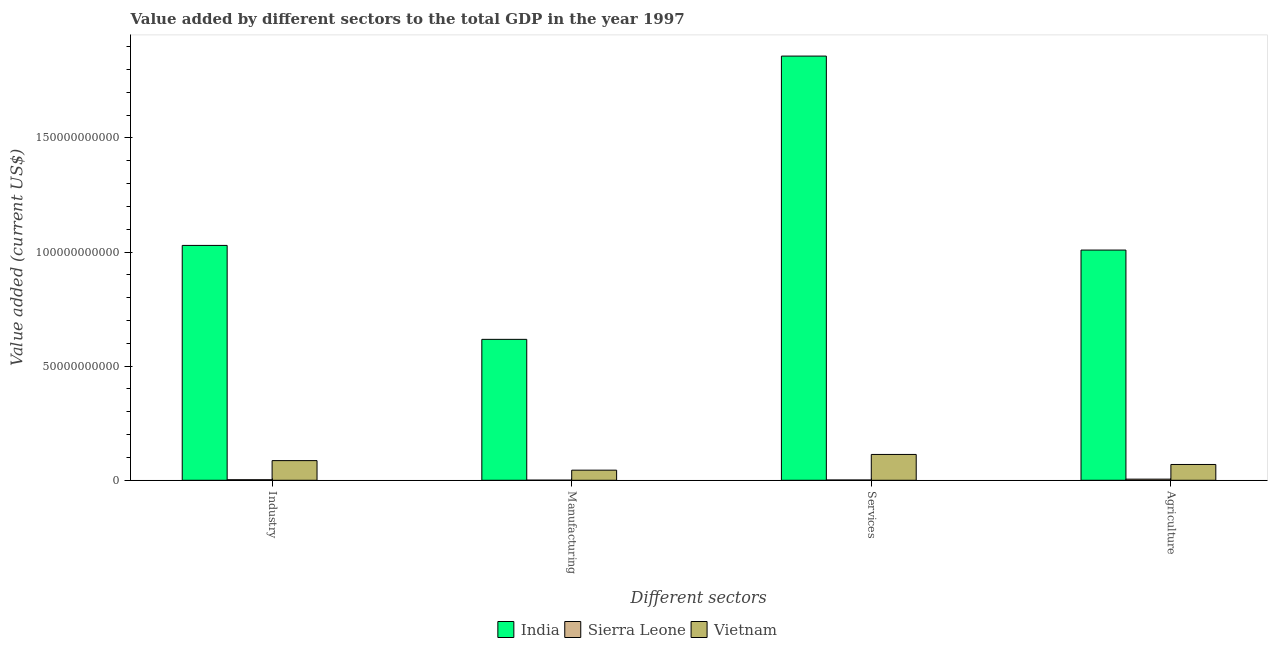
| Different sectors | India | Sierra Leone | Vietnam |
 | --- | --- | --- | --- |
 | Industry | 1.03e+11 | 2.3e+08 | 8.61e+09 |
 | Manufacturing | 6.17e+10 | 4.07e+07 | 4.43e+09 |
 | Services | 1.86e+11 | 1.14e+08 | 1.13e+10 |
 | Agriculture | 1.01e+11 | 4.88e+08 | 6.92e+09 |